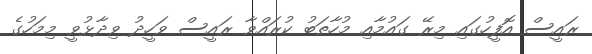
ރައީސް އޮފީހުގައި މިރޭ ގައުމާއި މުހާތަބު ކުރައްވާ ރައީސް ވަހީދު ވިދާޅުވީ މިމަހުގެ